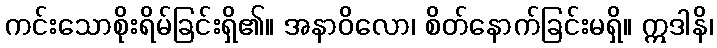
ကင်းသောစိုးရိမ်ခြင်းရှိ၏။ အနာဝိလော၊ စိတ်နောက်ခြင်းမရှိ။ ဣဒါနိ၊